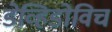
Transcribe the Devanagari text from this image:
डेव्हिडोविच